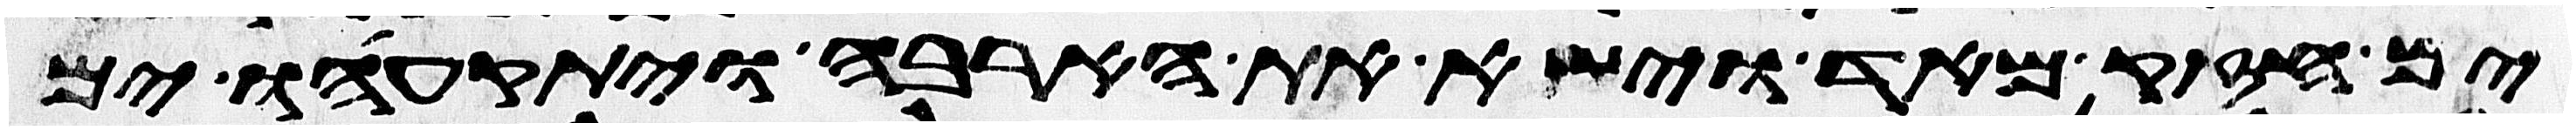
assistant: ים חזק מאד וישא את הארבה ויתקעהו ים